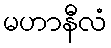
မဟာနီလံ